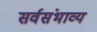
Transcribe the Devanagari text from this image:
सर्वसंभाव्य